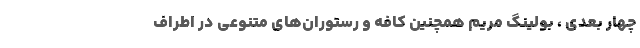
چهار بعدی ، بولینگ مریم همچنین کافه و رستوران‌های متنوعی در اطراف